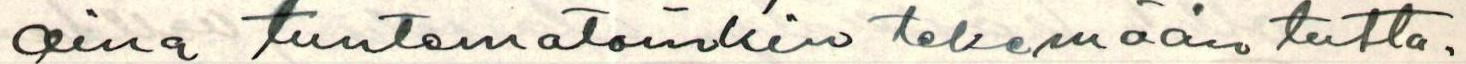
aina tuntematoinkin tekemään tutta-